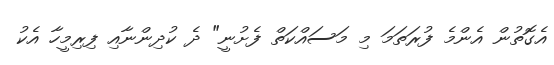
އެގޮތުން އެންމެ ފުރަތަމަ މި މަސައްކަތް ފެށުނީ" ދެ ކުދިންނާއި ފިރިމީހާ އެކު